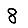
Digit: 8